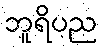
ဘူရိပည